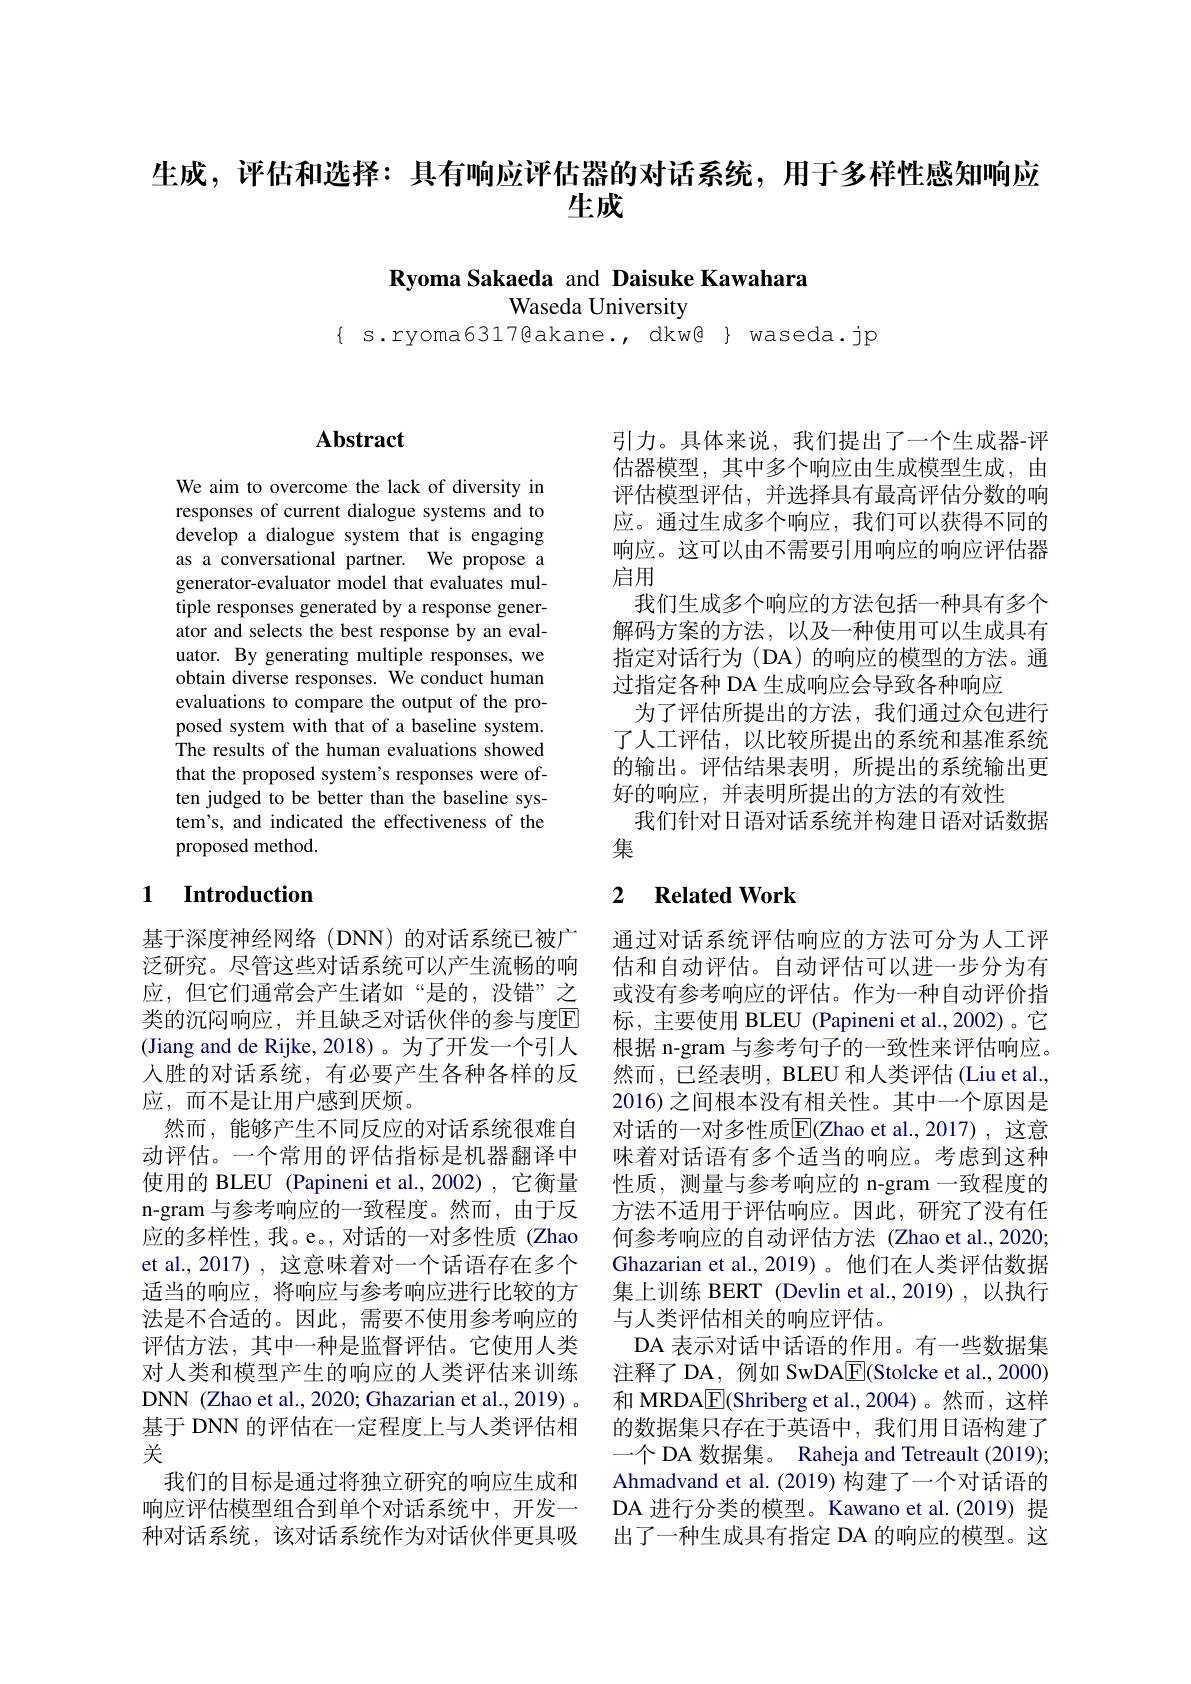
生成，评估和选择：具有响应评估器的对话系统，用于多样性感知响应
# 生成

Ryoma Sakaeda and Daisuke Kawahara
Waseda University

$\{$ s.ryoma6317@akane., dkw@ $\}$ waseda.jp

# Abstract

We aim to overcome the lack of diversity in responses of current dialogue systems and to develop a dialogue system that is engaging as a conversational partner. We propose a generator-evaluator model that evaluates multiple responses generated by a response generator and selects the best response by an evaluator. By generating multiple responses, we obtain diverse responses. We conduct human evaluations to compare the output of the proposed system with that of a baseline system. The results of the human evaluations showed that the proposed system's responses were often judged to be better than the baseline system's, and indicated the effectiveness of the proposed method.

## 1 Introduction

基于深度神经网络(DNN)的对话系统已被广泛研究。尽管这些对话系统可以产生流畅的响应，但它们通常会产生诸如“是的，没错”之类的沉闷响应，并且缺乏对话伙伴的参与度$\overline{\mathrm{E}}$ (Jiang and de Rijke, 2018)。为了开发一个引人人胜的对话系统，有必要产生各种各样的反应，而不是让用户感到厌烦。
然而，能够产生不同反应的对话系统很难自动评估。一个常用的评估指标是机器翻译中使用的 BLEU (Papineni et al.,2002) ,它衡量n-gram 与参考响应的一致程度。然而，由于反应的多样性，我。e。,对话的一对多性质(Zhao et al., 2017) , 这意味着对一个话语存在多个适当的响应，将响应与参考响应进行比较的方法是不合适的。因此，需要不使用参考响应的评估方法，其中一种是监督评估。它使用人类对人类和模型产生的响应的人类评估来训练DNN (Zhao et al., 2020; Ghazarian et al., 2019) 。基于 DNN 的评估在一定程度上与人类评估相关
我们的目标是通过将独立研究的响应生成和
响应评估模型组合到单个对话系统中，开发一 DA 进行分类的模型。Kawano et al.(2019) 提
种对话系统，该对话系统作为对话伙伴更具吸

引力。具体来说，我们提出了一个生成器-评估器模型，其中多个响应由生成模型生成，由评估模型评估，并选择具有最高评估分数的响应。通过生成多个响应，我们可以获得不同的响应。这可以由不需要引用响应的响应评估器启用
我们生成多个响应的方法包括一种具有多个解码方案的方法，以及一种使用可以生成具有指定对话行为 (DA) 的响应的模型的方法。通过指定各种 DA 生成响应会导致各种响应
为了评估所提出的方法，我们通过众包进行了人工评估，以比较所提出的系统和基准系统的输出。评估结果表明，所提出的系统输出更好的响应，并表明所提出的方法的有效性
我们针对日语对话系统并构建日语对话数据
集

### 2 $\textbf{Related Work}$

通过对话系统评估响应的方法可分为人工评估和自动评估。自动评估可以进一步分为有或没有参考响应的评估。作为一种自动评价指标，主要使用 BLEU (Papineni et al.,2002)。它根据 n-gram 与参考句子的一致性来评估响应。然而，已经表明，BLEU 和人类评估(Liu et al. 2016) 之间根本没有相关性。其中一个原因是对话的一对多性质$\overline{\mathrm{E}}($Zhao et al.,2017),这意味着对话语有多个适当的响应。考虑到这种性质，测量与参考响应的 n-gram 一致程度的方法不适用于评估响应。因此，研究了没有任何参考响应的自动评估方法(Zhao et al.,2020; Ghazarian et al.,2019)。他们在人类评估数据集上训练 BERT (Devlin et al.,2019),以执行与人类评估相关的响应评估。
DA 表示对话中话语的作用。有一些数据集注释了 DA , 例如 SwDA$\underline{\mathrm{E}}($Stolcke et al., 2000) 和 MRDA$\underline{\mathrm{E}}($Shriberg et al.,2004)。然而，这样的数据集只存在于英语中，我们用日语构建了一个 DA 数据集。Raheja and Tetreault (2019); Ahmadvand et al.(2019) 构建了一个对话语的出了一种生成具有指定 DA 的响应的模型。这